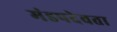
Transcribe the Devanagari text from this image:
मंडपदेवता